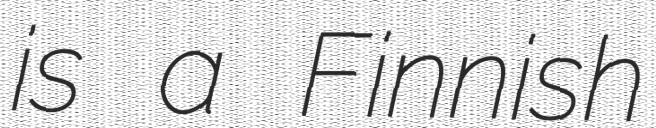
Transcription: is a Finnish